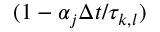
( 1 - \alpha _ { j } \Delta t / \tau _ { k , l } )